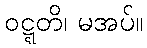
ဝဋ္ဋတိ၊ မအပ်။